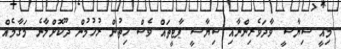
މިއީ ސިޔާސީ ވާދަވެރިންނާއި ސިޔާސީ ޕާޓީތައް ވެސް ހިތުން ރުހުމުން ދޫކޮށްލާނެ މަގާމެއް